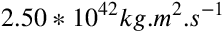
2 . 5 0 * 1 0 ^ { 4 2 } k g . m ^ { 2 } . s ^ { - 1 }